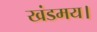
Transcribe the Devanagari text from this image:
खंडमय।